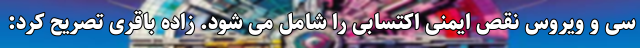
سی و ویروس نقص ایمنی اکتسابی را شامل می شود. زاده باقری تصریح کرد: